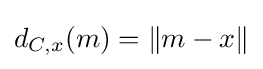
d_{C,x}(m)=\|m-x\|